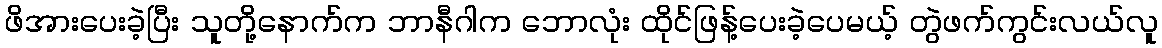
ဖိအားပေးခဲ့ပြီး သူတို့နောက်က ဘာနီဂါက ဘောလုံး ထိုင်ဖြန့်ပေးခဲ့ပေမယ့် တွဲဖက်ကွင်းလယ်လူ